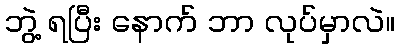
ဘွဲ့ ရပြီး နောက် ဘာ လုပ်မှာလဲ။